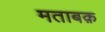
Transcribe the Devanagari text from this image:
मताबक़